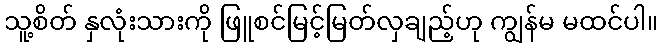
သူ့စိတ် နှလုံးသားကို ဖြူစင်မြင့်မြတ်လှချည့်ဟု ကျွန်မ မထင်ပါ။